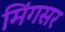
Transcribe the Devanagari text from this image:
मिंगसर